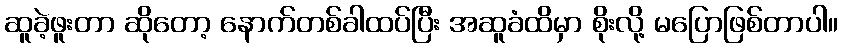
ဆူခဲ့ဖူးတာ ဆိုတော့ နောက်တစ်ခါထပ်ပြီး အဆူခံထိမှာ စိုးလို့ မပြောဖြစ်တာပါ။